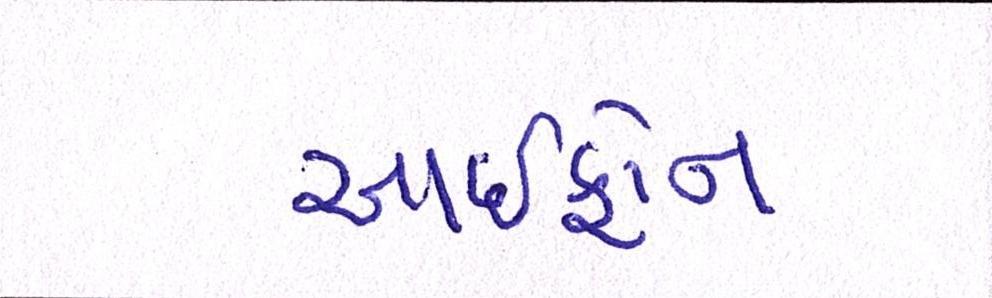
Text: આઇફોન